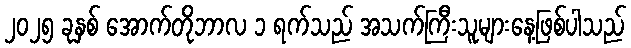
၂၀၂၅ ခုနှစ် အောက်တိုဘာလ ၁ ရက်သည် အသက်ကြီးသူများနေ့ဖြစ်ပါသည်